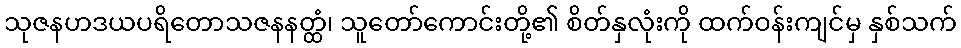
သုဇနဟဒယပရိတောသဇနနတ္ထံ၊ သူတော်ကောင်းတို့၏ စိတ်နှလုံးကို ထက်ဝန်းကျင်မှ နှစ်သက်